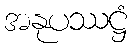
အနုပဿဋ္ဌံ